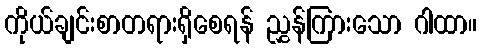
ကိုယ်ချင်းစာတရားရှိစေရန် ညွှန်ကြားသော ဂါထာ။